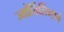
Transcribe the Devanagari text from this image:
ज्‍योर्तिलिंगाचे